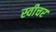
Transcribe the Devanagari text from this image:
स्वीचर